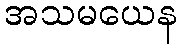
အသမယေန